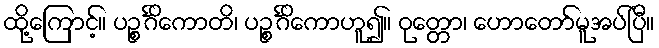
ထို့ကြောင့်။ ပဉ္စင်္ဂိကောတိ၊ ပဉ္စင်္ဂိကောဟူ၍။ ဝုတ္တော၊ ဟောတော်မူအပ်ပြီ။